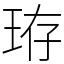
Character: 珔